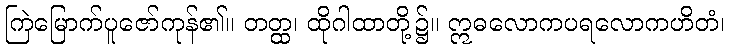
ကြဲမြောက်ပူဇော်ကုန်၏။ တတ္ထ၊ ထိုဂါထာတို့၌။ ဣဓလောကပရလောကဟိတံ၊